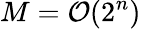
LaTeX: M={\cal{O}}(2^{n})